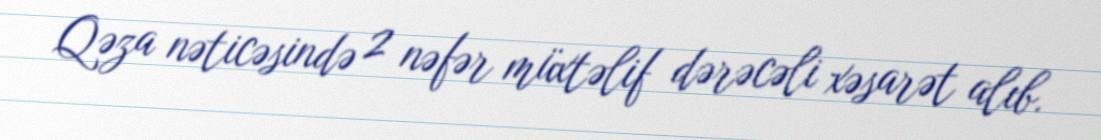
Qəza nəticəsində 2 nəfər müxtəlif dərəcəli xəsarət alıb.